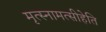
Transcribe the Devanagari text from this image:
मृत्स्नामत्सीहेति